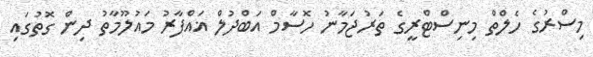
މިސްރުގެ ހެލްތް މިނިސްޓްރީގެ ތަރުޖަމާނު ހޮސާމް އަބްދުލް ޣައްފާރު މައުލޫމާތު ދިން ގޮތުގައި